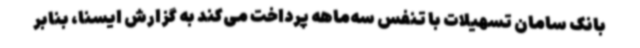
بانک سامان تسهیلات با تنفس سه‌ماهه پرداخت می‌کند به گزارش ایسنا، بنابر